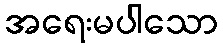
အရေးမပါသော